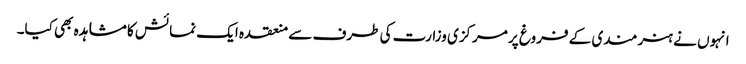
انہوں نے ہنر مندی کے فروغ پر مرکزی وزارت کی طرف سے منعقدہ ایک نمائش کا مشاہدہ بھی کیا۔